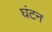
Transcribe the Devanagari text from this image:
घंटन